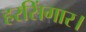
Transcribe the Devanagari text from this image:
हरसिंगार।